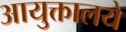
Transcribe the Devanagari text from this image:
आयुक्तालये